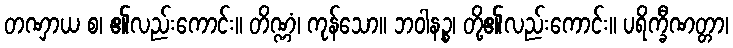
တဏှာယ စ၊ ၏လည်းကောင်း။ တိဏ္ဏံ၊ ကုန်သော။ ဘဝါနဉ္စ၊ တို့၏လည်းကောင်း။ ပရိက္ခီဏတ္တာ၊